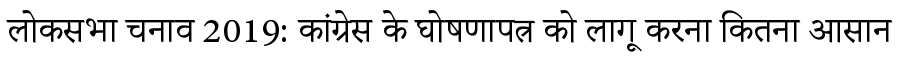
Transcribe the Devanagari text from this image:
लोकसभा चनाव 2019: कांग्रेस के घोषणापत्र को लागू करना कितना आसान